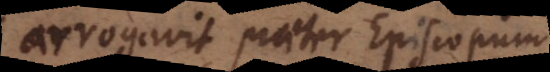
arrogavit praeter Episcopum